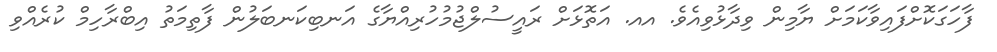
ފާހަގަކޮށްފައިވާކަމަށް ޔާމިން ވިދާޅުވިއެވެ. އއ. އަތޮޅަށް ރައީސުލްޖުމުހުރިއްޔާގެ އަނބިކަނބަލުން ފާތިމަތު އިބްރާހިމް ކުރެއްވި